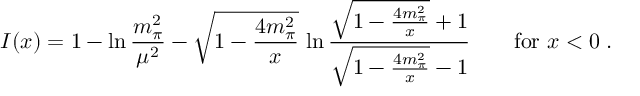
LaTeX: I ( x ) = 1 - \ln { \frac { m _ { \pi } ^ { 2 } } { \mu ^ { 2 } } } - \sqrt { 1 - { \frac { 4 m _ { \pi } ^ { 2 } } { x } } } \, \ln { \frac { \sqrt { 1 - { \frac { 4 m _ { \pi } ^ { 2 } } { x } } } + 1 } { \sqrt { 1 - { \frac { 4 m _ { \pi } ^ { 2 } } { x } } } - 1 } } \qquad \mathrm { f o r } \ x < 0 \; .